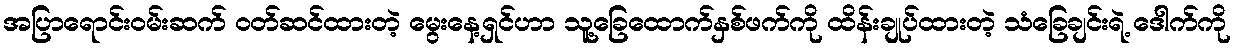
အပြာရောင်းဝမ်းဆက် ဝတ်ဆင်ထားတဲ့ မွေးနေ့ရှင်ဟာ သူ့ခြေထောက်နှစ်ဖက်ကို ထိန်းချုပ်ထားတဲ့ သံခြေချင်းရဲ့ ဒေါက်ကို